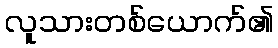
လူသားတစ်ယောက်၏